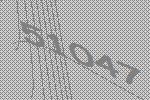
51047